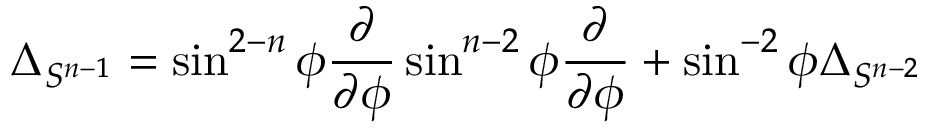
\Delta _ { S ^ { n - 1 } } = \sin ^ { 2 - n } \phi { \frac { \partial } { \partial \phi } } \sin ^ { n - 2 } \phi { \frac { \partial } { \partial \phi } } + \sin ^ { - 2 } \phi \Delta _ { S ^ { n - 2 } }